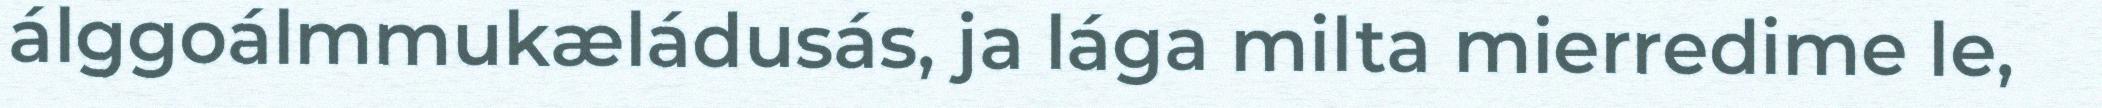
álggoálmmukæládusás, ja lága milta mierredime le,